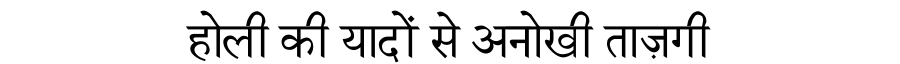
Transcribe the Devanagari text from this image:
होली की यादों से अनोखी ताज़गी